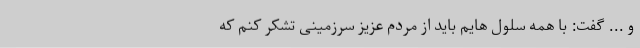
و ... گفت: با همه سلول هایم باید از مردم عزیز سرزمینی تشکر کنم که